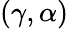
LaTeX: (\gamma,\alpha)